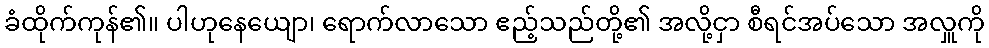
ခံထိုက်ကုန်၏။ ပါဟုနေယျော၊ ရောက်လာသော ဧည့်သည်တို့၏ အလို့ငှာ စီရင်အပ်သော အလှူကို